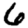
Digit: 6